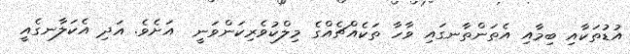
އުޑުތަކާއި ބިމާއި އެތަންތާނގައި ވާހާ ތަކެއްޗެއްގެ މިލްކުވެރިކަންވަނީ  އަށެވެ. އަދި އެކަލާނގެއީ